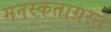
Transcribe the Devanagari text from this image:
मनस्कताग्रस्त